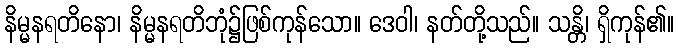
နိမ္မနရတိနော၊ နိမ္မနရတိဘုံ၌ဖြစ်ကုန်သော။ ဒေဝါ၊ နတ်တို့သည်။ သန္တိ၊ ရှိကုန်၏။